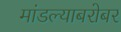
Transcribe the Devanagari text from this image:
मांडल्याबरोबर